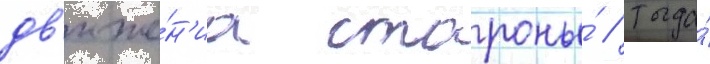
дв'иже́н'иа стороны́ / тогда́